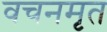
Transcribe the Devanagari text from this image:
वचनमृत